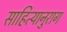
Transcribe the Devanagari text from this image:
साहित्यानुराग